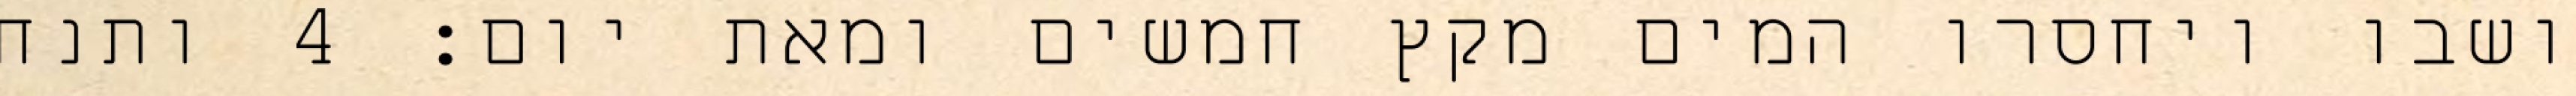
ושבו ויחסרו המים מקץ חמשים ומאת יום׃ ‎4‏ ותנח